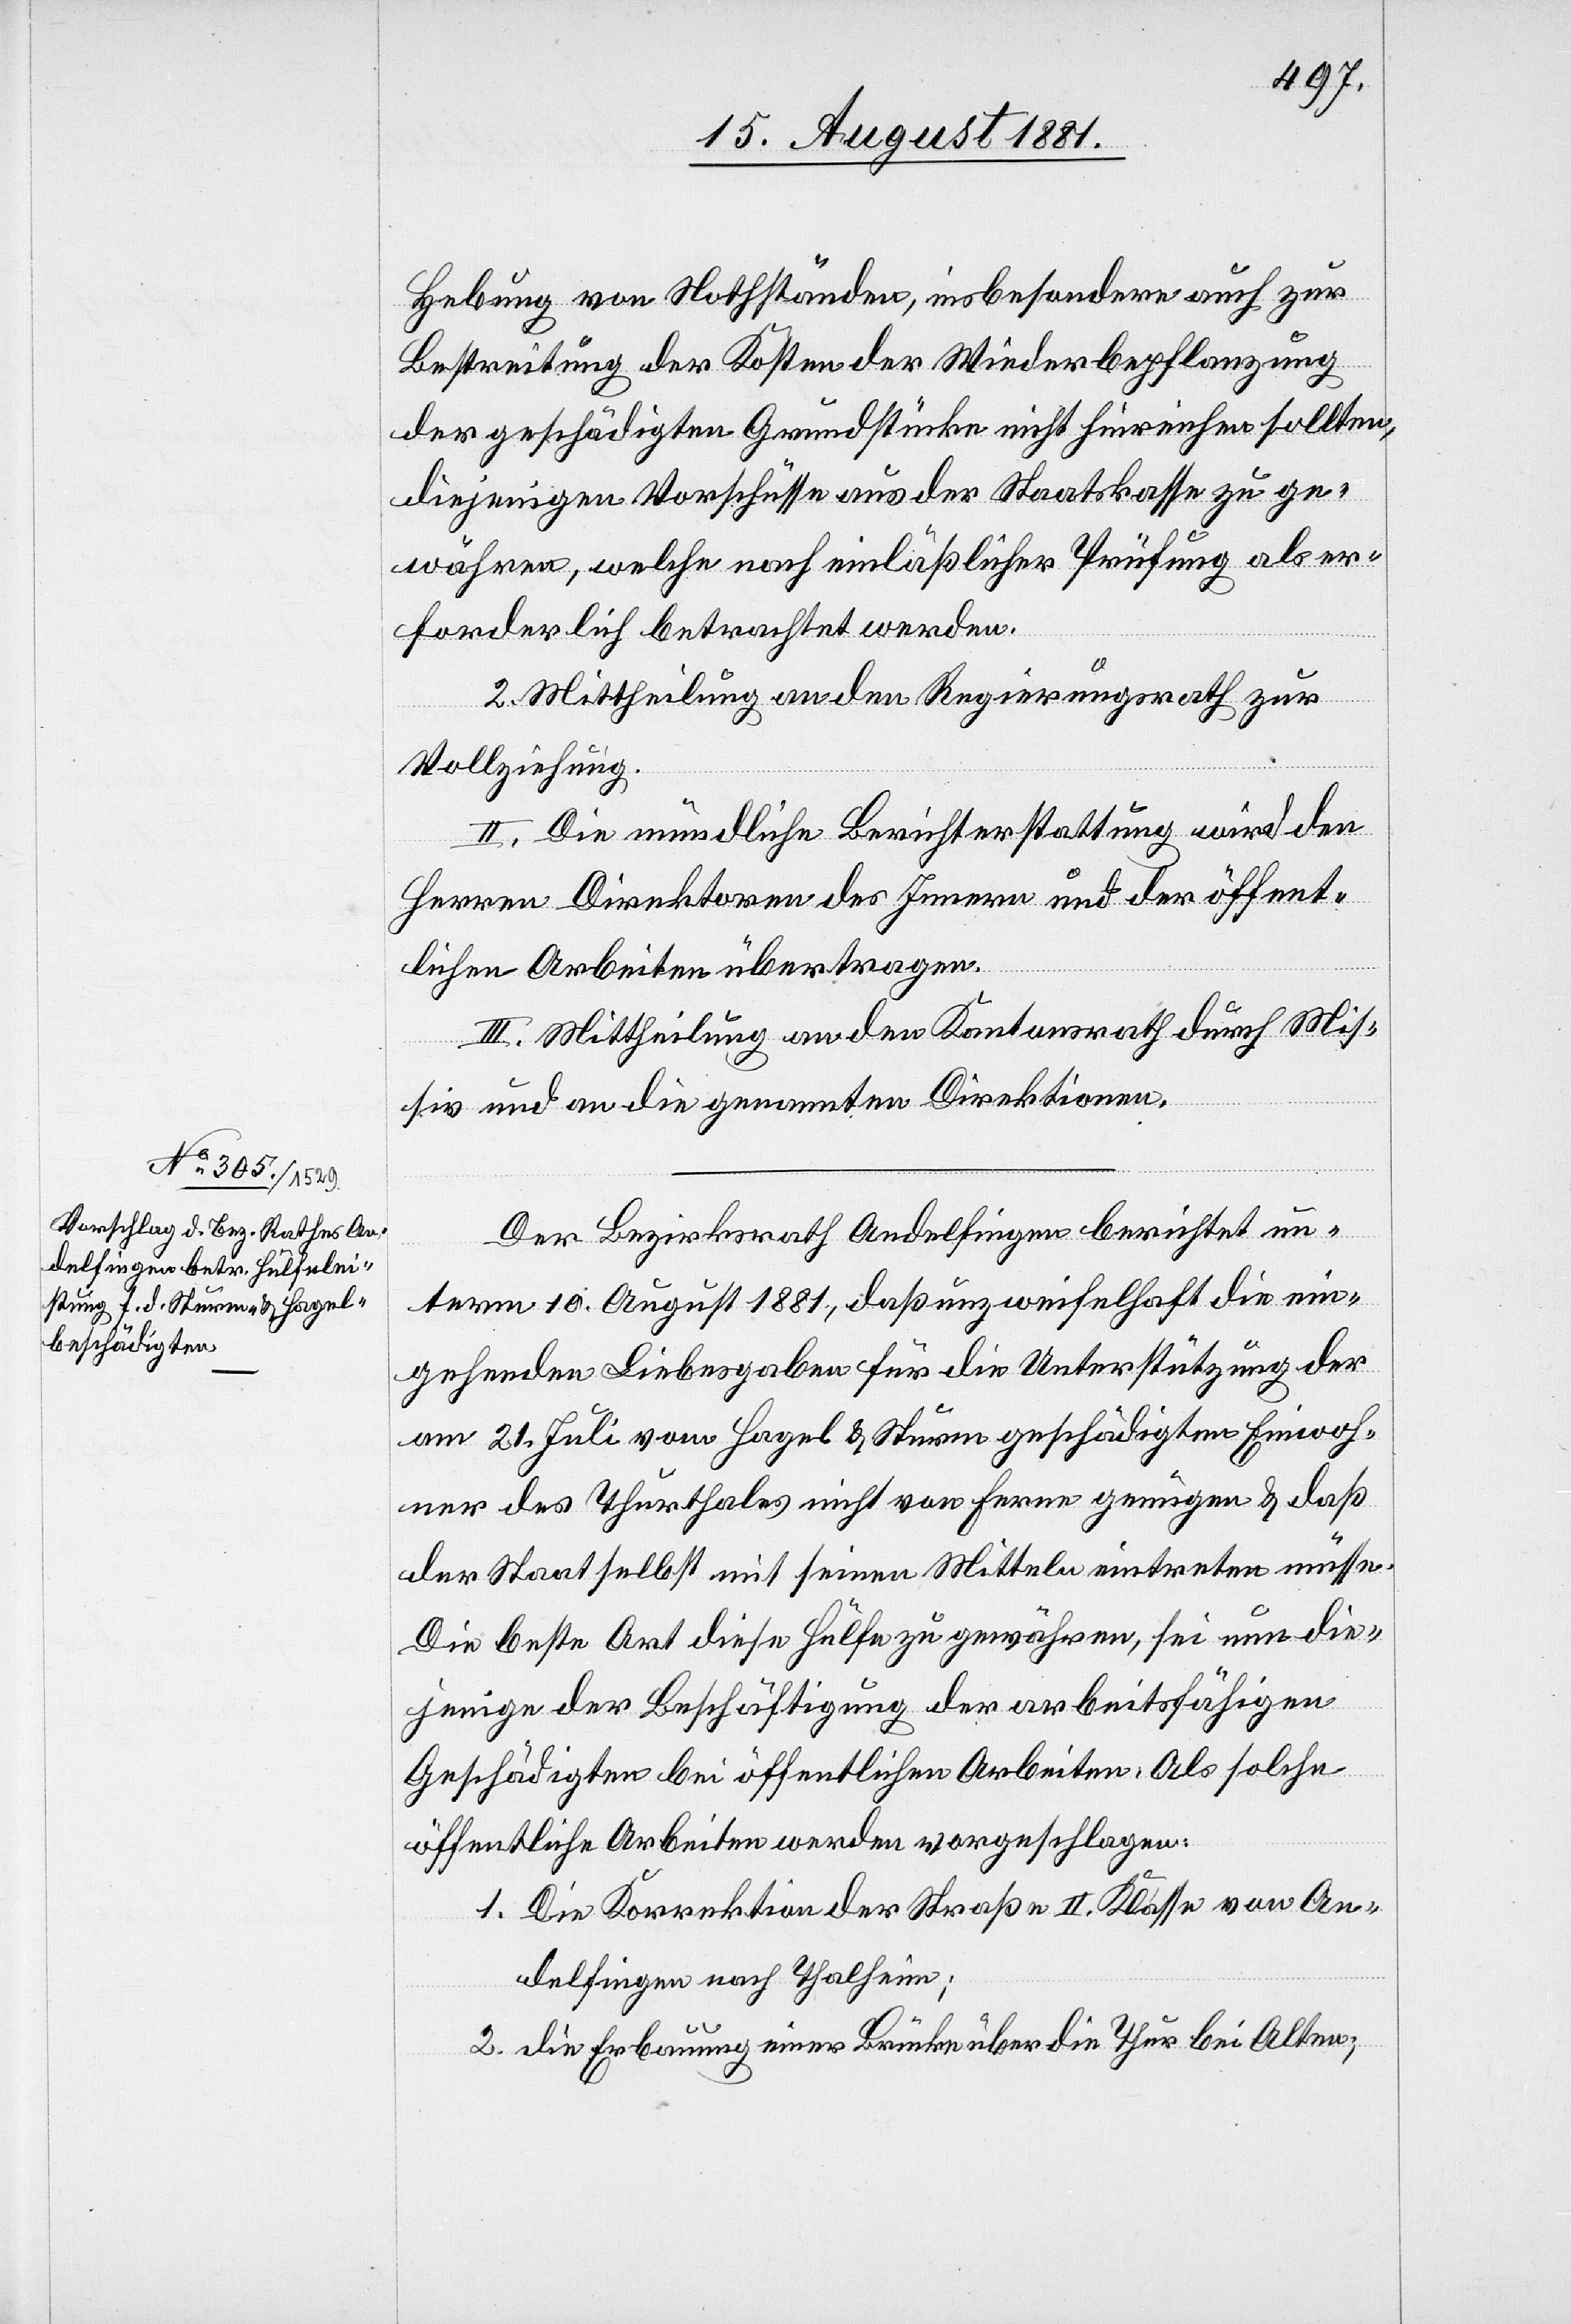
Hebung von Nothständen, insbesondere auch zur
Bestreitung der Kosten der Wiederbepflanzung
der geschädigten Grundstücke nicht hinreichen sollten,
diejenigen Vorschüsse aus der Staatskasse zu ge¬
währen, welche nach einläßlicher Prüfung als er¬
forderlich betrachtet werden.
2. Mittheilung an den Regierungsrath zur
Vollziehung.
II. Die mündliche Berichterstattung wird den
Herren Direktoren des Innern und der öffent¬
lichen Arbeiten übertragen.
III. Mittheilung an den Kantonsrath durch Mis¬
siv und an die genannten Direktionen.
Der Bezirksrath Andelfingen berichtet un¬
term 10. August 1881, daß unzweifelhaft die ein¬
gehende Liebesgaben für die Unterstützung der
am 21. Juli vom Hagel & Sturm geschädigten Einwoh¬
ner des Thurthals nicht von Ferne genügen & daß
der Staat selbst mit seinen Mitteln eintreten müsse.
Die beste Art diese Hülfe zu gewähren, sei nun die¬
jenige der Beschäftigung der arbeitsfähigen
Geschädigten bei öffentlichen Arbeiten. Als solche
öffentliche Arbeiten werden vorgeschlagen:
1. Die Korrektion der Straße II. Klasse von An¬
delfingen nach Thalheim;
2. die Erbauung einer Brücke über die Thur bei Alten;